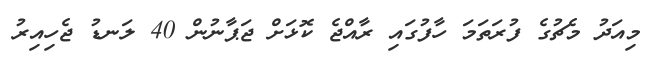
މިއަދު މެޗުގެ ފުރަތަމަ ހާފުގައި ރާއްޖެ ކޮޅަށް ޖަޕާނުން 40 ލަނޑު ޖެހިއިރު